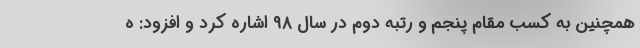
همچنین به کسب مقام پنجم و رتبه دوم در سال ۹۸ اشاره کرد و افزود: ه